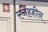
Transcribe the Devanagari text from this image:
स्नेहहीन